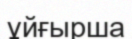
ұйғырша